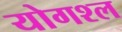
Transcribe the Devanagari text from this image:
योगश्ल